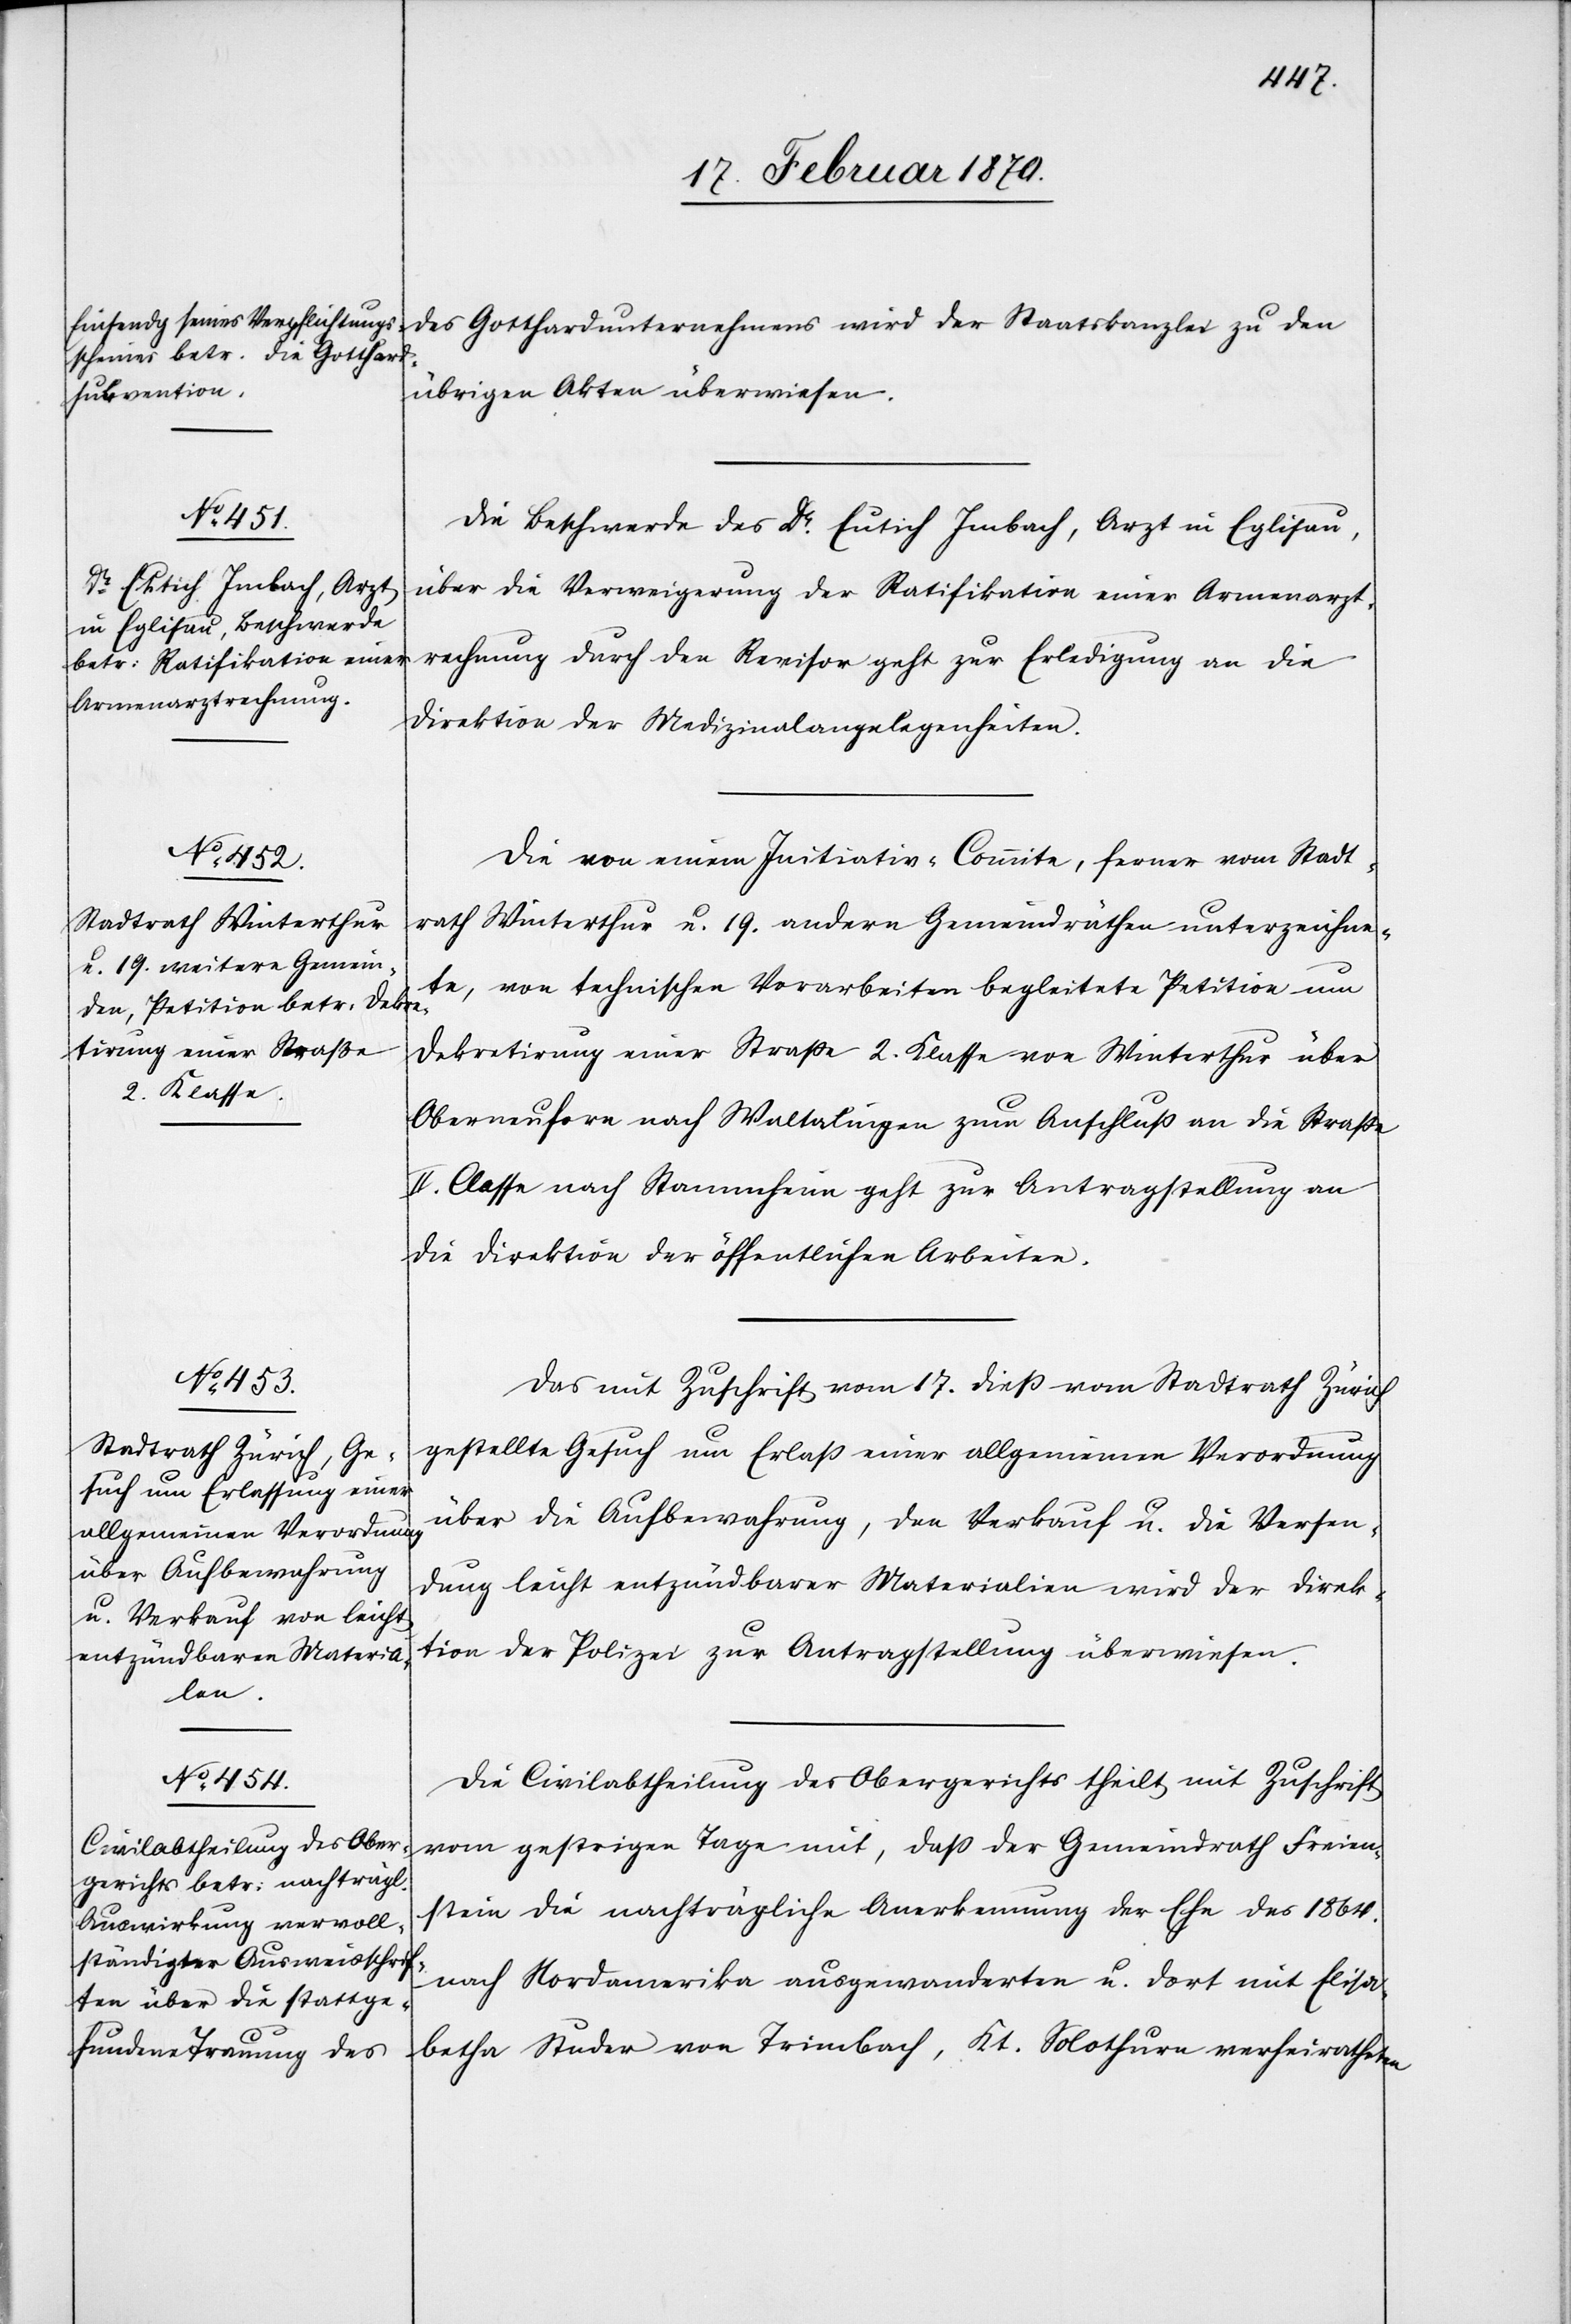
des

19. Februar 1870.]
Gotthardunternehmens wird der Staatskanzlei zu den
übrigen Akten überwiesen.
Die Beschwerde des Dr. Eutich Imbach, Arzt in Eglisau,
über die Verweigerung der Ratifikation einer Armenarzt¬
rechnung durch den Revisor geht zur Erledigung an die
Direktion der Medizinalangelegenheiten.
Die von einem Initiativ-Commite, ferner vom Stadt¬
rath Winterthur u. 19. andern Gemeindräthen unterzeichne¬
te, von technischen Vorarbeiten begleitete Petition um
Dekretirung einer Strasse 2. Klasse von Winterthur über
Oberneuforn nach Waltalingen zum Anschluss an die Strasse
II. Classe nach Stammheim geht zur Antragstellung an
die Direktion der öffentlichen Arbeiten.
Das mit Zuschrift vom 17. diess vom Stadtrath Zürich
gestellte Gesuch um Erlass einer allgemeinen Verordnung
über die Aufbewahrung, den Verkauf u. die Versen¬
dung leicht entzündbarer Materialien wird der Direk¬
tion der Polizei zur Antragstellung überwiesen.
Die Civilabtheilung des Obergerichts theilt mit Zuschrift
vom gestrigen Tage mit, dass der Gemeindrath Freien¬
stein die nachträgliche Anerkennung der Ehe des 1864.
nach Nordamerika ausgewanderten u. dort mit Elisa¬
betha Studer von Trimbach, Kt. Solothurn verheiratheten